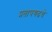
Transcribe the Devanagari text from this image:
प्रतापगढचे